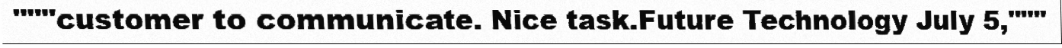
"""customer to communicate. Nice task.Future Technology July 5,"""